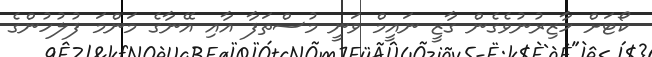
ކޯޓަށް ހާޒިރުނުވެގެން ގާޒީ ނައީމް ވަނީ މުސްތަފާ އާއި އޭނާގެ މަންމަ ފުލުހުންގެ